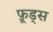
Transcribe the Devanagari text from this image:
फ़ूड्स